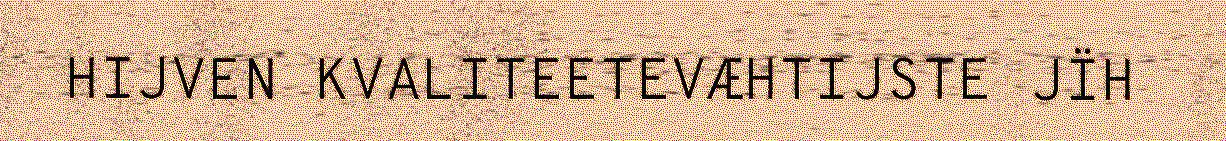
HIJVEN KVALITEETEVÆHTIJSTE JÏH